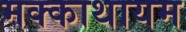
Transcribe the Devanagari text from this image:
मक्काथायम